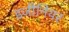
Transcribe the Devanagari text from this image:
इजीनियर